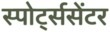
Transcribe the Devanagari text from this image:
स्पोर्ट्ससेंटर